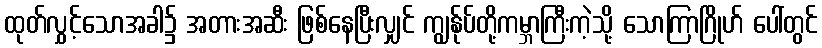
ထုတ်လွှင့်သောအခါ၌ အတားအဆီး ဖြစ်နေပြီးလျှင် ကျွန်ုပ်တို့ကမ္ဘာကြီးကဲ့သို့ သောကြာဂြိုဟ် ပေါ်တွင်